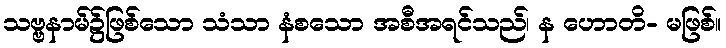
သဗ္ဗနာမ်၌ဖြစ်သော သံသာ နံစသော အစီအရင်သည်၊ န ဟောတိ- မဖြစ်။